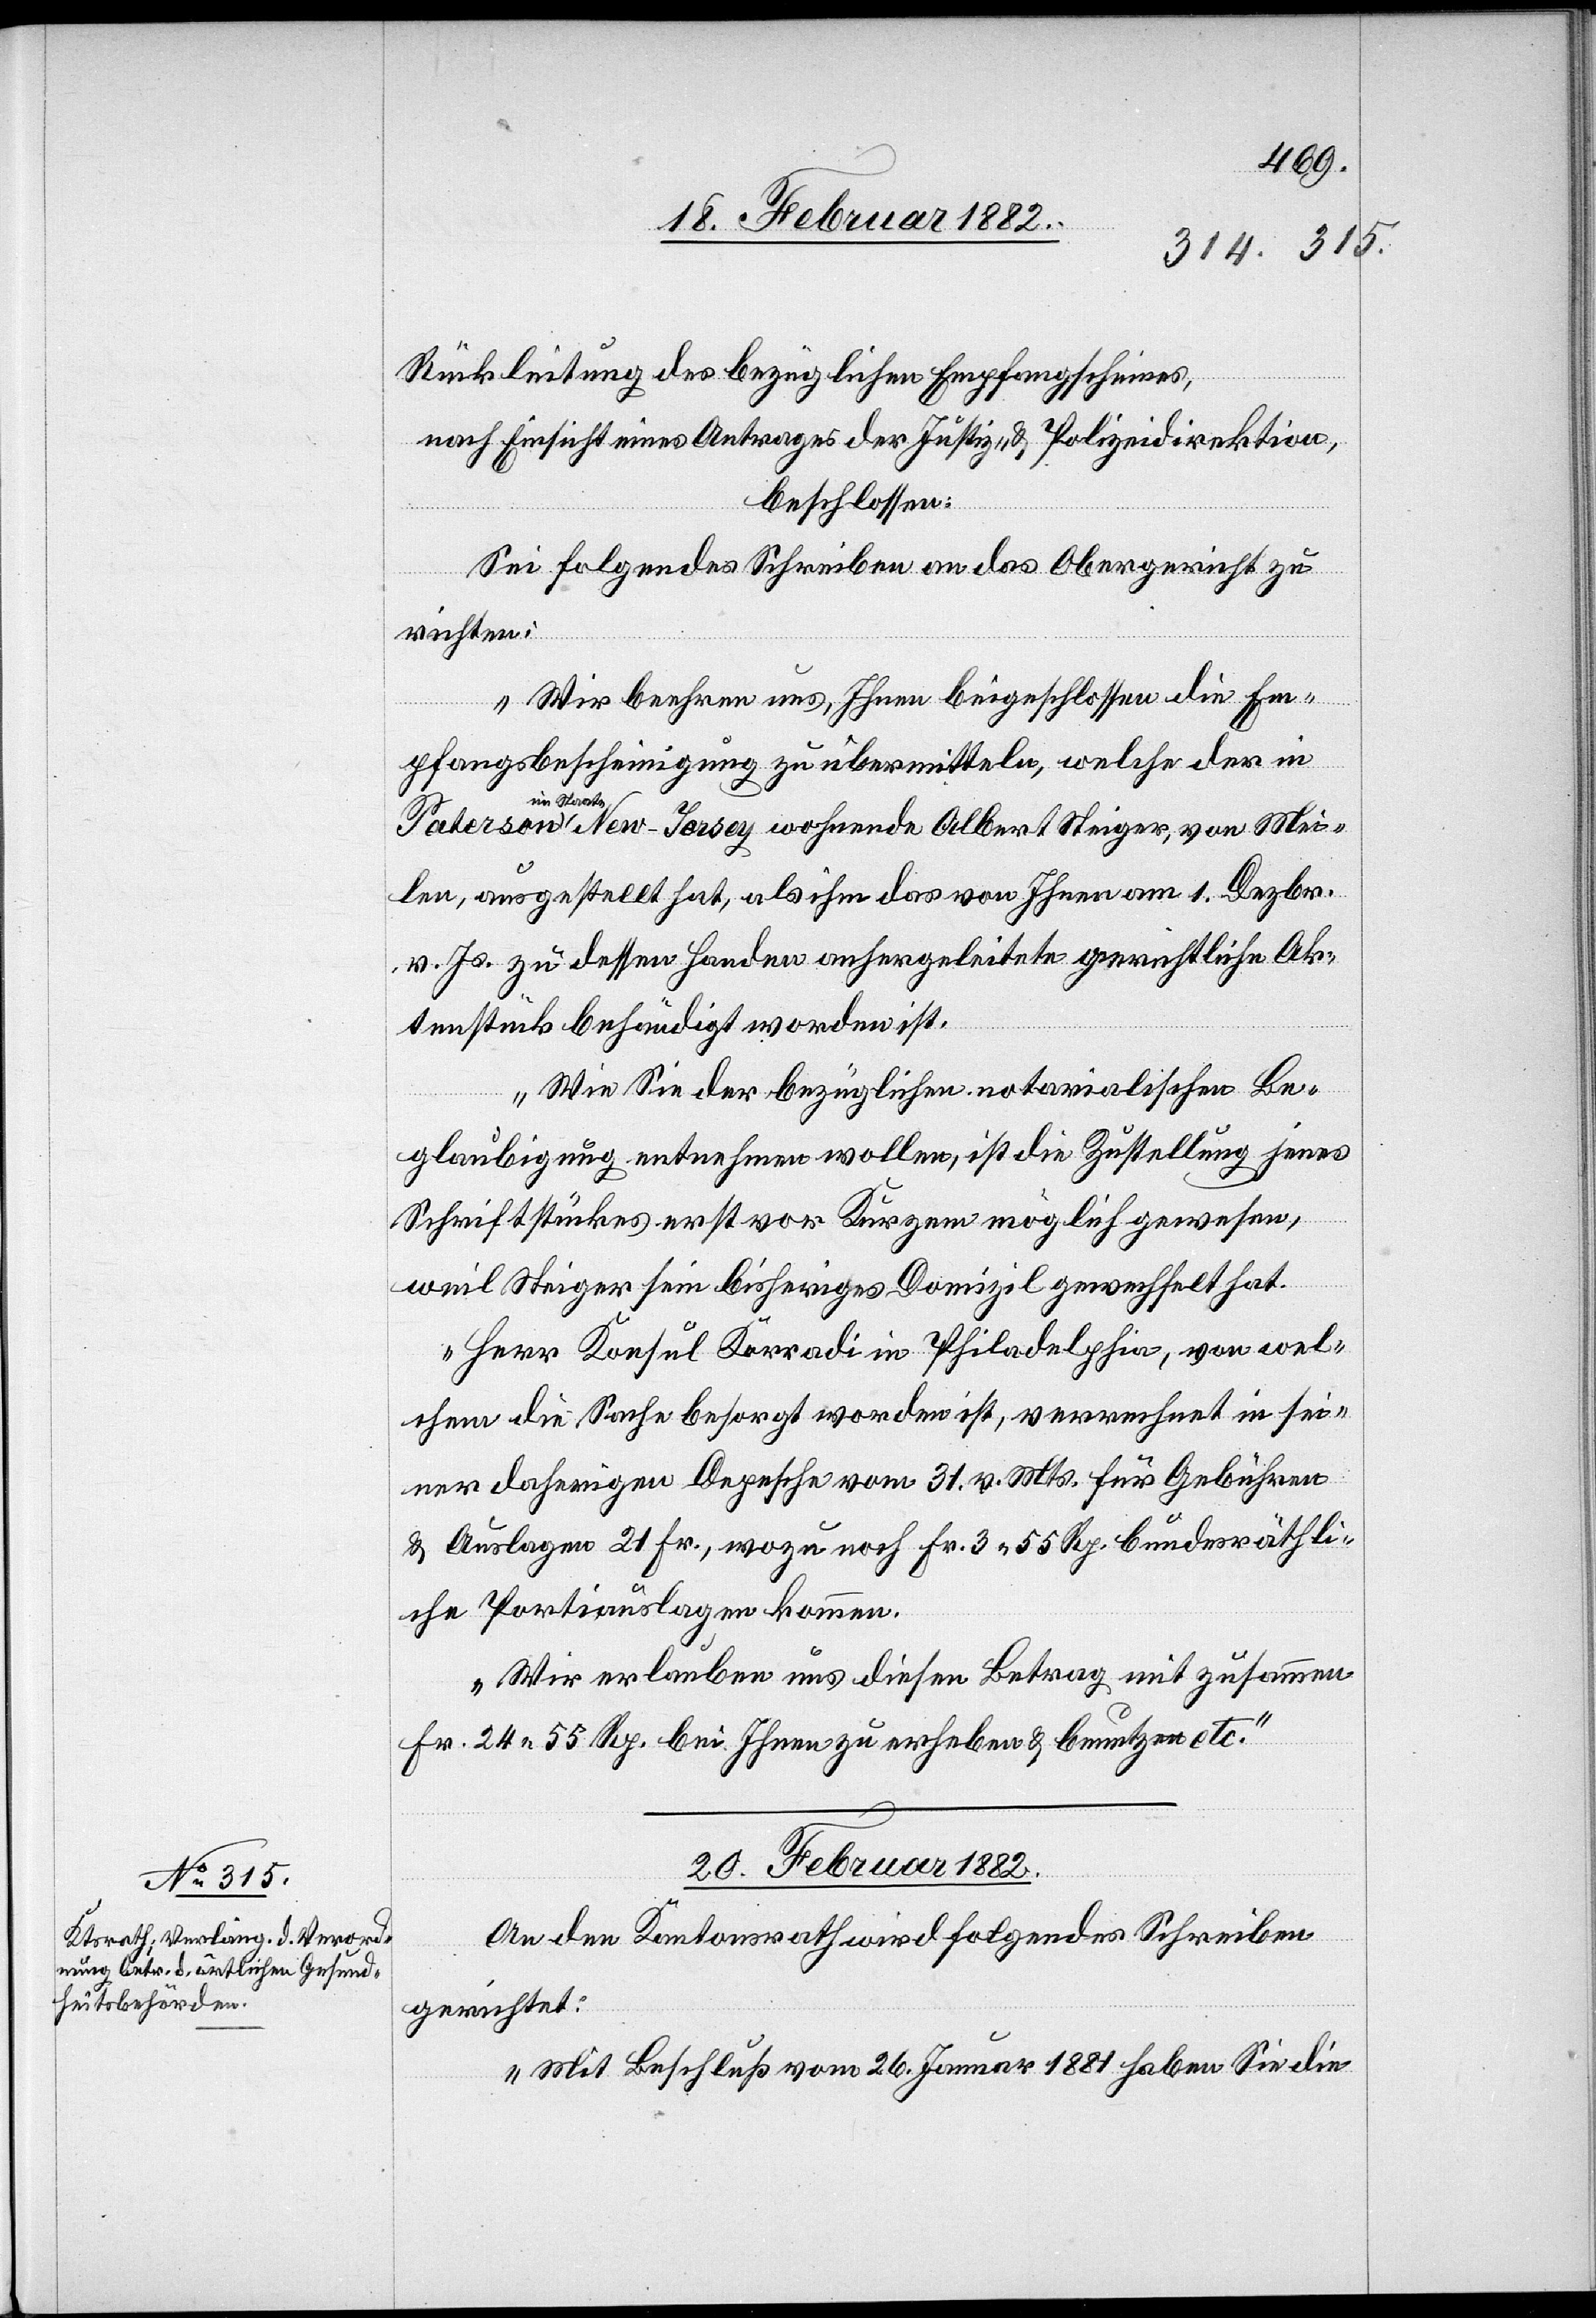
Rückleitung des bezüglichen Empfangscheines,
nach Einsicht eines Antrages der Justiz- & Polizeidirektion,
beschlossen:
Sei folgendes Schreiben an das Obergericht zu
richten:
„Wir beehren uns, Ihnen beigeschlossen die Em¬
pfangsbescheinigung zu übermitteln, welche der in
Staate New-Jersej wohnhafte Albert Steiger, von Mei¬
len, ausgestellt hat, als ihm das von Ihnen am 1. Dezbr.
v. Js zu dessen Handen anhergeleitete gerichtliche Ak¬
tenstück behändigt worden ist.
Wie Sie der bezüglichen notarialischen Be¬
glaubigung entnehmen wollen, ist die Zustellung jenes
Schriftstückes erst vor Kurzem möglich gewesen,
weil Steiger sein bisheriges Domizil gewechselt hat.
Herr Konsul Korrodi in Philadelphia, von wel¬
chem die Sache besorgt worden ist, verrechnet in sei¬
ner daherigen Depesche vom 31. v. Mts. für Gebühren
& Auslagen 21 Fr., wozu noch Fr. 3 55 Rp. bundesräthli¬
che Portiauslagen kommen.
Wir erlauben uns diesen Betrag mit zusammen
Fr. 24 55 Rp. bei Ihnen zu erheben & benutzen etc.“
20. Februar 1882.
An den Kantonsrath wird folgendes Schreiben
gerichtet:
„Mit Beschluß vom 26. Januar 1881 haben Sie die